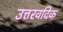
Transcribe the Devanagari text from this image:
उत्तरवदिक